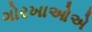
ગોરખાઓએ